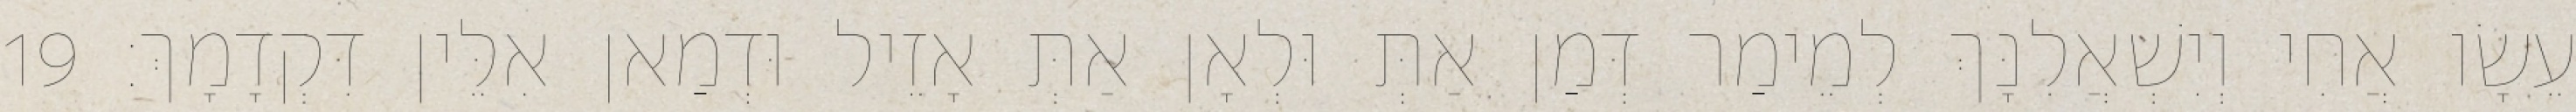
עֵשָׂו אֲחִי וְיִשְׁאֲלִנָּךְ לְמֵימַר דְּמַן אַתְּ וּלְאָן אַתְּ אָזֵיל וּדְמַאן אִלֵּין דִּקְדָמָךְ׃ 19